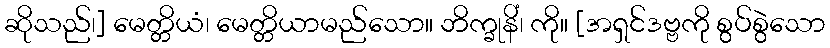
ဆိုသည်၊] မေတ္တိယံ၊ မေတ္တိယာမည်သော။ ဘိက္ခုနိံ၊ ကို။ [အရှင်ဒဗ္ဗကို စွပ်စွဲသော